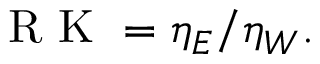
\mathrm { ~ R ~ K ~ } = \eta _ { E } / \eta _ { W } .